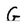
Character: G